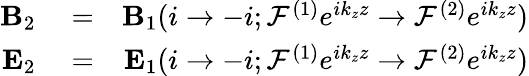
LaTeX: \begin{array}{rlr}{{\mathbf B}_{2}}&{{}=}&{{\mathbf B}_{1}(i\rightarrow-i;{\cal F}^{(1)}e^{ik_{z}z}\rightarrow{\cal F}^{(2)}e^{ik_{z}z})}\\ {{\mathbf E}_{2}}&{{}=}&{{\mathbf E}_{1}(i\rightarrow-i;{\cal F}^{(1)}e^{ik_{z}z}\rightarrow{\cal F}^{(2)}e^{ik_{z}z})}\end{array}